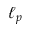
\ell _ { p }